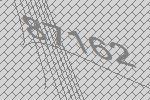
87162